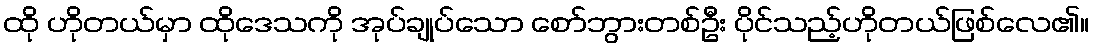
ထို ဟိုတယ်မှာ ထိုဒေသကို အုပ်ချုပ်သော စော်ဘွားတစ်ဦး ပိုင်သည့်ဟိုတယ်ဖြစ်လေ၏။